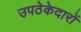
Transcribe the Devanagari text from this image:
उपठेकेदारों